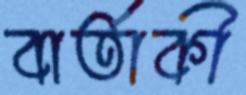
বার্তাকী